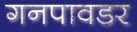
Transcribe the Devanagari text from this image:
गनपावडर